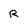
Character: R